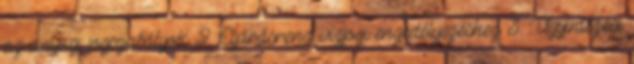
az anyagi jogszabályok 2. Eljárásrend vízjogi engedélyezéshez 3. Ügyintézési